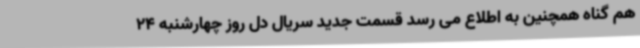
هم گناه همچنین به اطلاع می رسد قسمت جدید سریال دل روز چهارشنبه 24